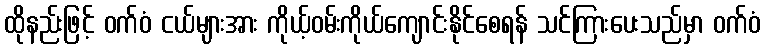
ထိုနည်းဖြင့် ဝက်ဝံ ငယ်များအား ကိုယ့်ဝမ်းကိုယ်ကျောင်းနိုင်စေရန် သင်ကြားပေးသည်မှာ ဝက်ဝံ